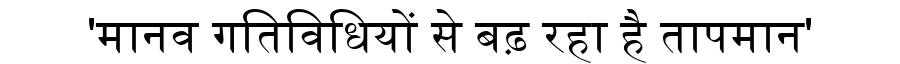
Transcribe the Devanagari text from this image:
'मानव गतिविधियों से बढ़ रहा है तापमान'